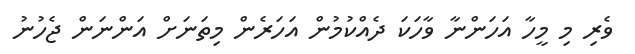
ވެރި މި މީހާ އަހަންނާ ވާހަކަ ދެއްކުމުން އަހަރެން މިތަނަށް އަންނަން ޖެހުނު